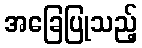
အခြေပြုသည့်